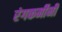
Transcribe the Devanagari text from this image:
रंगकर्मीनी